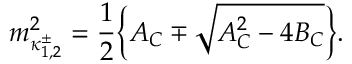
m _ { \kappa _ { 1 , 2 } ^ { \pm } } ^ { 2 } = \frac { 1 } { 2 } \bigg \{ { \cal A } _ { C } \mp \sqrt { { \cal A } _ { C } ^ { 2 } - 4 { \cal B } _ { C } } \bigg \} .